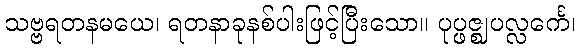
သဗ္ဗရတနမယေ၊ ရတနာခုနစ်ပါးဖြင့်ပြီးသော။ ပုပ္ဖဇ္ဈပလ္လင်္ကေ၊